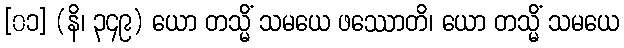
[၀၁] (နိ၊ ၃၄၉) ယော တသ္မိံ သမယေ ဖဿောတိ၊ ယော တသ္မိံ သမယေ